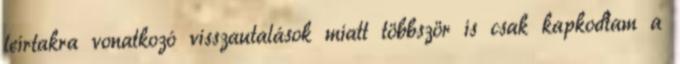
leírtakra vonatkozó visszautalások miatt többször is csak kapkodtam a